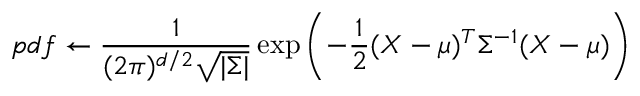
p d f \leftarrow \frac { 1 } { ( 2 \pi ) ^ { d / 2 } \sqrt { | \Sigma | } } \exp \left( - \frac { 1 } { 2 } ( X - \mu ) ^ { T } \Sigma ^ { - 1 } ( X - \mu ) \right)